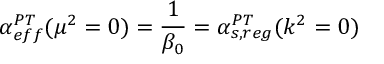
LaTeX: \alpha _ { e f f } ^ { P T } ( \mu ^ { 2 } = 0 ) = { \frac { 1 } { \beta _ { 0 } } } = \alpha _ { s , r e g } ^ { P T } ( k ^ { 2 } = 0 )